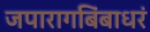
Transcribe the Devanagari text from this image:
जपारागबिंबाधरं